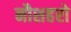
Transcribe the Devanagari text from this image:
नौशहरो